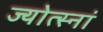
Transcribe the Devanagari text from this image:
ज्योत्स्नां